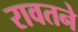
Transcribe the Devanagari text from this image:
रावतने